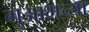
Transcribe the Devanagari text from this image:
गुआमच्या